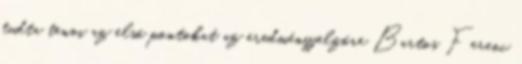
tudta tenni az első pontokat az eredményjelzőre Bartos Ferenc